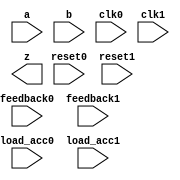
module QL_DSP1 (
    input  [19:0] a,
    input  [17:0] b,
    input  clk0,
    (* clkbuf_sink *)
    input  clk1,
    (* clkbuf_sink *)
    input  [ 1:0] feedback0,
    input  [ 1:0] feedback1,
    input  load_acc0,
    input  load_acc1,
    input  reset0,
    input  reset1,
    output reg [37:0] z
);
    parameter MODE_BITS = 27'b00000000000000000000000000;
endmodule